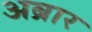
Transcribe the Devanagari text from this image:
अब्रार